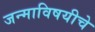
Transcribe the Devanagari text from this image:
जन्माविषयीचे